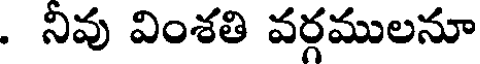
. నివు వింశతి వర్గములనూ